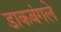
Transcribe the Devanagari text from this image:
डाकबंगले